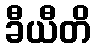
ခီယီတိ